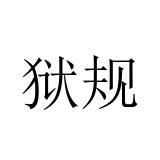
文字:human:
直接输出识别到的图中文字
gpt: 狱规